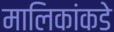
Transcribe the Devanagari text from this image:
मालिकांकडे